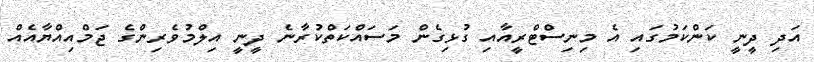
އަދި ދީނީ ކަންކަމުގައި އެ މިނިސްޓްރީއާއި ގުޅިގެން މަސައްކަތްކުރާނެ ދީނީ އިލްމުވެރިންގެ ޖަމްއިއްޔާއެއް